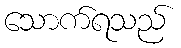
သောက်ရသည်